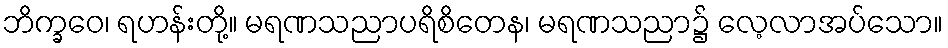
ဘိက္ခဝေ၊ ရဟန်းတို့။ မရဏသညာပရိစိတေန၊ မရဏသညာ၌ လေ့လာအပ်သော။